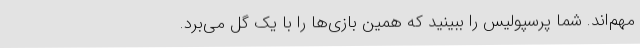
مهم‌اند. شما پرسپولیس را ببینید که همین بازی‌ها را با یک گل می‌برد.